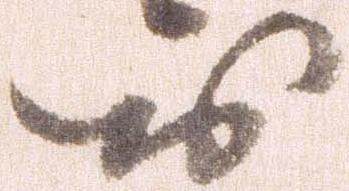
お